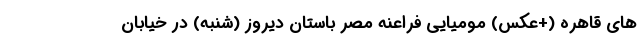
های قاهره (+عکس) مومیایی فراعنه مصر باستان دیروز (شنبه) در خیابان